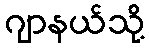
ဂျာနယ်သို့